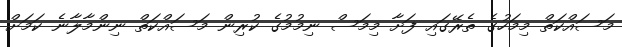
މަސައްކަތް މިމަހުގެ ތެރޭގައި ފަށާ މިމަސް ނިމުމުގެ ކުރިން މަސައްކަތް ނިންމާލާނެ ކަމަށް